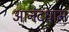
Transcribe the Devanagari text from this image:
आनंदधाम